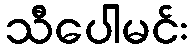
သီပေါမင်း